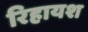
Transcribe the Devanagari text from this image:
रिहायश